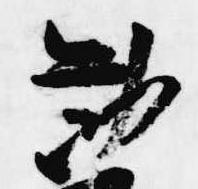
勧